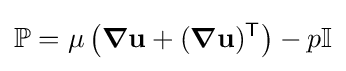
\mathbb {P} =\mu \left({\boldsymbol {\nabla }}\mathbf {u} +({\boldsymbol {\nabla }}\mathbf {u} )^{\mathsf {T}}\right)-p\mathbb {I}